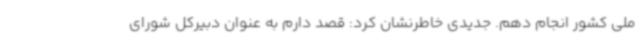
ملی کشور انجام دهم. جدیدی خاطرنشان کرد: قصد دارم به عنوان دبیرکل شورای